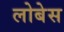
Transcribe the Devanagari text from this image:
लोबेस